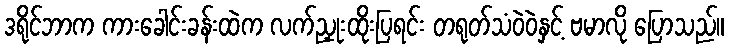
ဒရိုင်ဘာက ကားခေါင်းခန်းထဲက လက်ညှုးထိုးပြရင်း တရုတ်သံဝဲဝဲနှင့် ဗမာလို ပြောသည်။